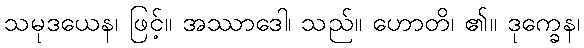
သမုဒယေန၊ ဖြင့်။ အဿာဒေါ၊ သည်။ ဟောတိ၊ ၏။ ဒုက္ခေန၊